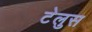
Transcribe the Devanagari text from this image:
टेलुस